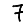
Digit: 7